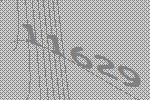
11629